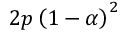
2 p \left( 1 - \alpha \right) ^ { 2 }